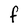
Character: F